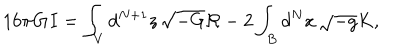
1 6 \pi { \bf G } I = \int _ { V } d ^ { N + 1 } z \, \sqrt { - G } { \cal R } - 2 \int _ { B } d ^ { N } x \, \sqrt { - g } K ,